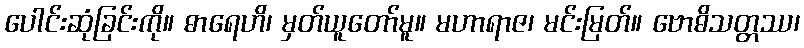
ပေါင်းဆုံခြင်းကို။ ဓာရေဟိ၊ မှတ်ယူတော်မူ။ မဟာရာဇ၊ မင်းမြတ်။ ဗောဓိသတ္တဿ၊